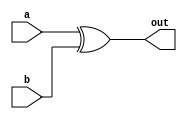
module xor_dataflow_gate (a, b, out); 
	
	input a, b;

	output out;
	
	assign out = (a ^ b);

endmodule